Indian Medical Review
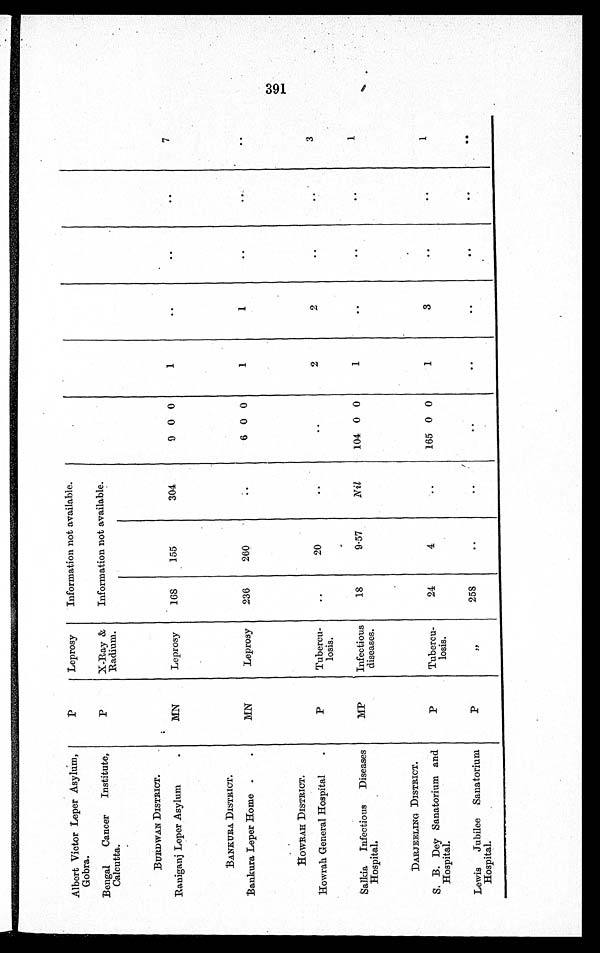
Albert Victor Leper Asylum,
Gobra.
P
Leprosy
Information not available.
Bengal Cancer Institute,
Calcutta.
P
X-Ray &
Radium.
Information not available.
BURDWAN DISTRICT.
Raniganj Leper Asylum
MN
Leprosy
168
155
304
9 0 0
1
7
BANKURA DISTRICT.
Bankura Leper Home
MN
Leprosy 236 260
6 0 0
1
1
HOWRAH DISTRICT.
Howrah General Hospital
P
Tubercu-
losis.
20
2
2
3
Salkia Infectious Diseases
Hospital.
MP
Infectious
diseases.
18
9.57
Nil
104 0 0
1
1
DARJEELING DISTRICT.
S. B. Dey Sanatorium and
Hospital.
P
Tubercu-
losis.
24
4
165 0 0
1
3
1
Lewis Jubilee Sanatorium
Hospital.
P
"
258
391